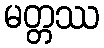
မတ္တဿ